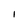
Character: I